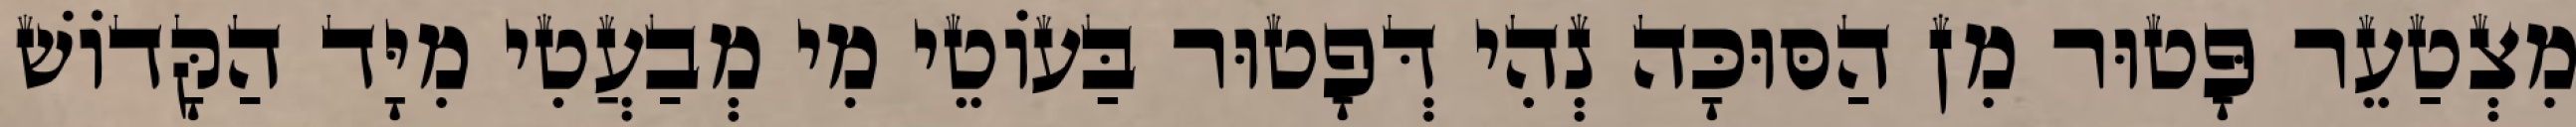
מִצְטַעֵר פָּטוּר מִן הַסּוּכָּה נְהִי דְּפָטוּר בַּעוֹטֵי מִי מְבַעֲטִי מִיָּד הַקָּדוֹשׁ